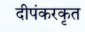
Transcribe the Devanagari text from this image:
दीपंकरकृत